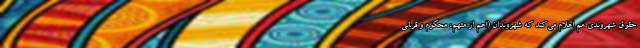
حقوق شهروندی هم اعلام می‌کند که شهروندان (اعم از متهم، محکوم و قربانی